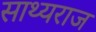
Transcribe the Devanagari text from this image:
साथ्यराज